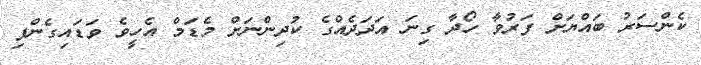
ކެންސަރު ބައްޔަށް ފަރުވާ ހޯދާ ގިނަ އަދަދެއްގެ ކުދިންނަށް މެޑަމް އެހީވެ ވަޑައިގެންފި